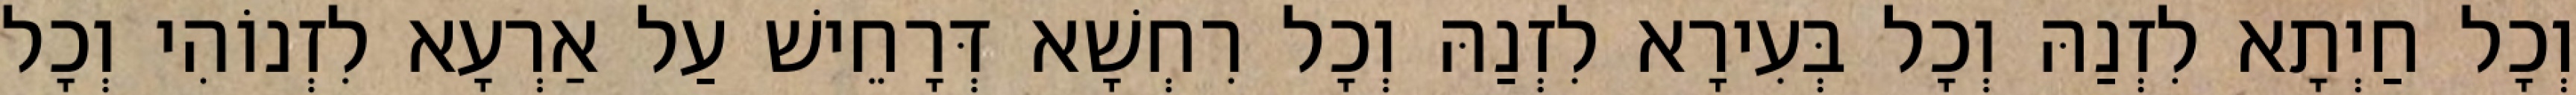
וְכָל חַיְתָא לִזְנַהּ וְכָל בְּעִירָא לִזְנַהּ וְכָל רִחְשָׁא דְּרָחֵישׁ עַל אַרְעָא לִזְנוֹהִי וְכָל